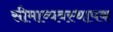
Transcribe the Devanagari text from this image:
सीमाव्यवस्थापक